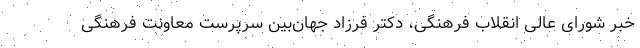
خبر شورای عالی انقلاب فرهنگی، دکتر فرزاد جهان‌بین سرپرست معاونت فرهنگی